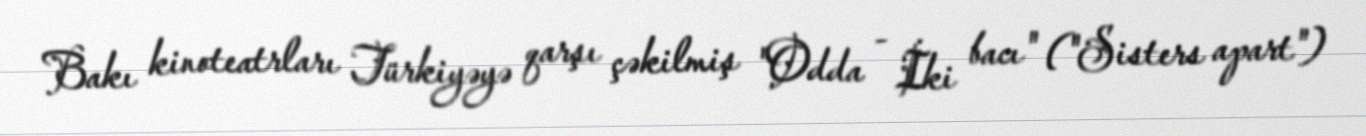
Bakı kinoteatrları Türkiyəyə qarşı çəkilmiş "Odda - İki bacı" ("Sisters apart")